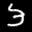
Label: 3